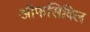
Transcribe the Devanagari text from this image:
ऑफसिविल